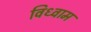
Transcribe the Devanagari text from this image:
विध्वाम